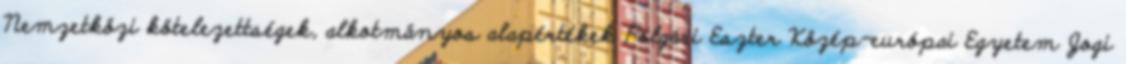
Nemzetközi kötelezettségek, alkotmányos alapértékek Polgári Eszter Közép-európai Egyetem Jogi